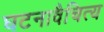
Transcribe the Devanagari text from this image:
घटनावैचित्य